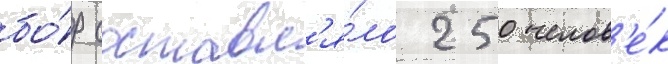
бо́р составл'я́ло 250 челов'е́к